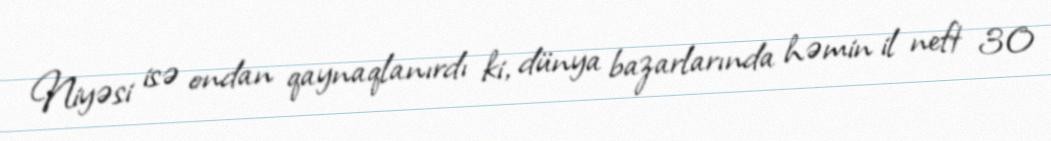
Niyəsi isə ondan qaynaqlanırdı ki, dünya bazarlarında həmin il neft 30